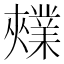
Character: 𫰃